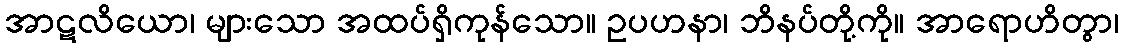
အာဋလိယော၊ များသော အထပ်ရှိကုန်သော။ ဥပဟနာ၊ ဘိနပ်တို့ကို။ အာရောဟိတွာ၊